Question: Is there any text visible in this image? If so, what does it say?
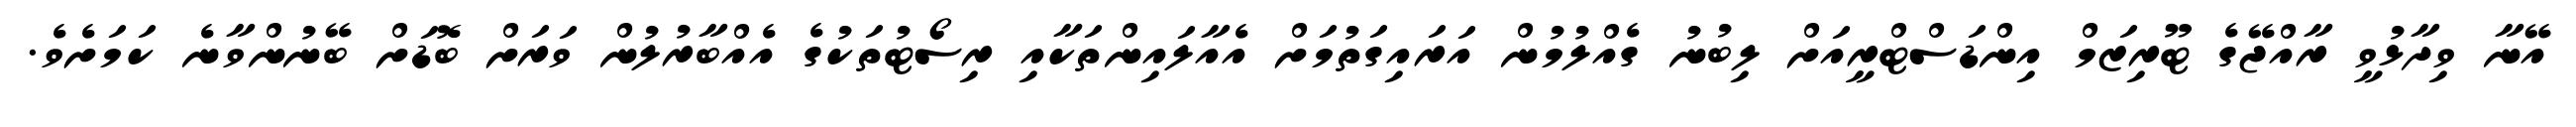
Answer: އޭނާ ވިދާޅުވީ ރާއްޖޭގެ ޓޫރިޒަމް އިންޑަސްޓްރީއަށް ލިބުނު ގެއްލުމުން އަރައިގަތުމަށް އެއާލައިންތަކާއި ރިސޯޓުތަކުގެ އެއްބާރުލުން ވަރަށް ބޮޑަށް ބޭނުންވާނެ ކަމަށެވެ.